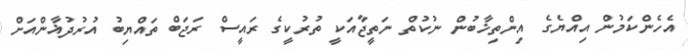
އެހެންކަމުން އިއްޔެގެ އިންތިޚާބުން ނުކުތް ނަތީޖާއަކީ ތުރުކީގެ ރައީސް ރަޖަބް ތައްޔިބު އުރުދުޣާންއަށް